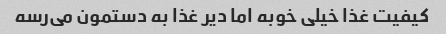
کیفیت غذا خیلی خوبه اما دیر غذا به دستمون می‌رسه